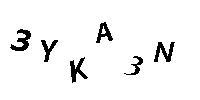
3YKA3N